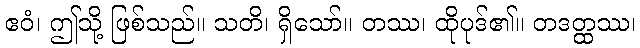
ဧဝံ၊ ဤသို့ ဖြစ်သည်။ သတိ၊ ရှိသော်။ တဿ၊ ထိုပုဒ်၏။ တဒတ္ထဿ၊